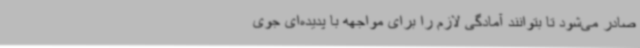
صادر می‌شود تا بتوانند آمادگی لازم را برای مواجهه با پدیده‌ای جوی